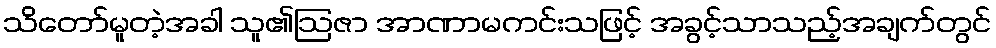
သိတော်မူတဲ့အခါ သူ၏ဩဇာ အာဏာမကင်းသဖြင့် အခွင့်သာသည့်အချက်တွင်